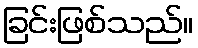
ခြင်းဖြစ်သည်။